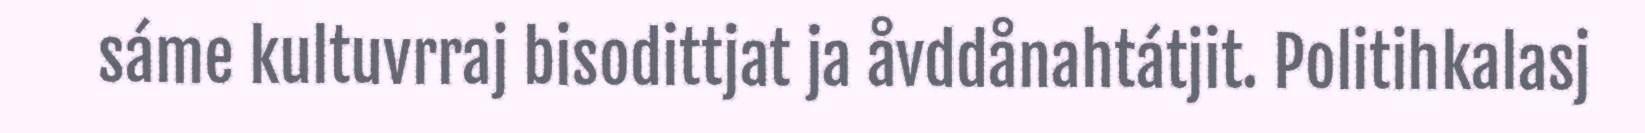
sáme kultuvrraj bisodittjat ja åvddånahtátjit. Politihkalasj